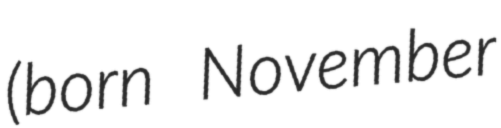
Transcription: (born November